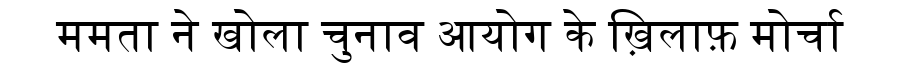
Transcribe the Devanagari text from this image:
ममता ने खोला चुनाव आयोग के ख़िलाफ़ मोर्चा